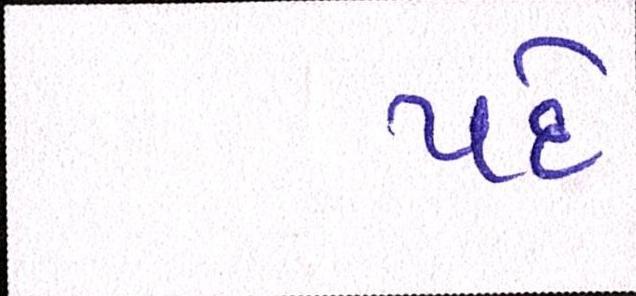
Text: પદે